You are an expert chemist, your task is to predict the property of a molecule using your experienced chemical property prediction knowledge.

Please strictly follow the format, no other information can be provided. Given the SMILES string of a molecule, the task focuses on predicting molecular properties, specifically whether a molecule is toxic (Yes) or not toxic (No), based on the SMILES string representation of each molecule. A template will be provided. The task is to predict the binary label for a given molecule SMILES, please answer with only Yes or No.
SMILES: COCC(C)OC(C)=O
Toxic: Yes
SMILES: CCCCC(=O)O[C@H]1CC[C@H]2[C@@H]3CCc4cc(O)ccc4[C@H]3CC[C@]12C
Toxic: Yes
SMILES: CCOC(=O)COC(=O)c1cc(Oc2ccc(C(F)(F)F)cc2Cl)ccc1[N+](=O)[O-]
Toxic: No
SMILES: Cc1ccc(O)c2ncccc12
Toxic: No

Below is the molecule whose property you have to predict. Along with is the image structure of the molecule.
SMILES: CCCC[n+]1cccc(C)c1.F[B-](F)(F)F
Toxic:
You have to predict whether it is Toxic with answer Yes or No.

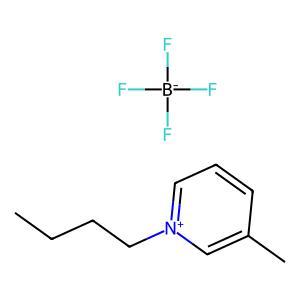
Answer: No